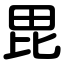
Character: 毘